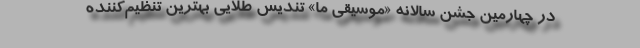
در چهارمین جشن سالانه «موسیقی ما» تندیس طلایی بهترین تنظیم‌کننده